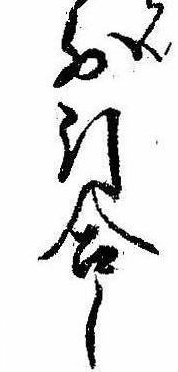
前引合し